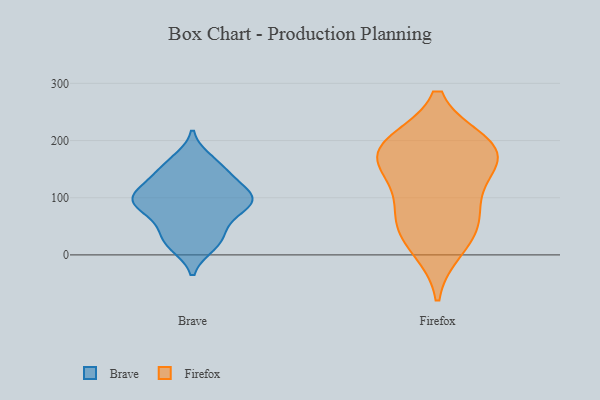
{"axis": {"x": "Tickets Resolved", "y": "Value"}, "legend": ["Brave", "Firefox"], "data": [{"x": "", "y": 99, "type": "Brave"}, {"x": "", "y": 89, "type": "Brave"}, {"x": "", "y": 87, "type": "Brave"}, {"x": "", "y": 116, "type": "Brave"}, {"x": "", "y": 116, "type": "Brave"}, {"x": "", "y": 157, "type": "Brave"}, {"x": "", "y": 26, "type": "Brave"}, {"x": "", "y": 93, "type": "Brave"}, {"x": "", "y": 17, "type": "Brave"}, {"x": "", "y": 104, "type": "Brave"}, {"x": "", "y": 42, "type": "Brave"}, {"x": "", "y": 87, "type": "Brave"}, {"x": "", "y": 57, "type": "Brave"}, {"x": "", "y": 87, "type": "Brave"}, {"x": "", "y": 20, "type": "Brave"}, {"x": "", "y": 136, "type": "Brave"}, {"x": "", "y": 148, "type": "Brave"}, {"x": "", "y": 165, "type": "Brave"}, {"x": "", "y": 40, "type": "Firefox"}, {"x": "", "y": 172, "type": "Firefox"}, {"x": "", "y": 165, "type": "Firefox"}, {"x": "", "y": 64, "type": "Firefox"}, {"x": "", "y": 194, "type": "Firefox"}, {"x": "", "y": 80, "type": "Firefox"}, {"x": "", "y": 130, "type": "Firefox"}, {"x": "", "y": 190, "type": "Firefox"}, {"x": "", "y": 186, "type": "Firefox"}, {"x": "", "y": 12, "type": "Firefox"}]}